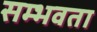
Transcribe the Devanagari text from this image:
सम्भवता